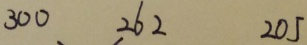
3 0 0 、 2 6 2 2 0 5